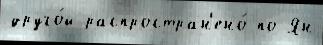
друго́й распростран'ено́ по Ян